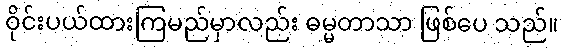
ဝိုင်းပယ်ထားကြမည်မှာလည်း ဓမ္မတာသာ ဖြစ်ပေ သည်။